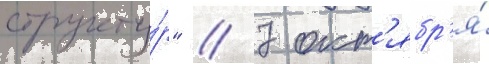
структу́р" // 7 окт'ябр'я́